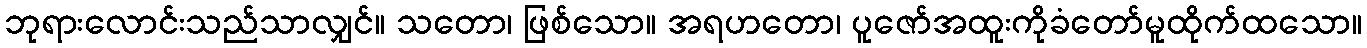
ဘုရားလောင်းသည်သာလျှင်။ သတော၊ ဖြစ်သော။ အရဟတော၊ ပူဇော်အထူးကိုခံတော်မူထိုက်ထသော။